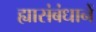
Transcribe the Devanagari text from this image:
ह्यासंबंधानें